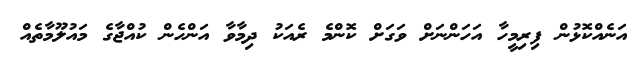
އަނެއްކޮޅުން ފިރިމީހާ އަހަންނަށް ވަގަށް ކޮންމެ ރެއަކު ދިމާވާ އަންހެން ކުއްޖާގެ މައުލޫމާތެއް